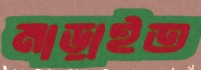
মাড়াইত